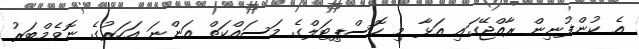
އެ ކުންފުނިން ރާއްޖޭގައި އަޅާ މި ހޮސްޕިޓަލްގެ މަސައްކަތް އަންނަ އަހަރުގެ ނޮވެމްބަރު